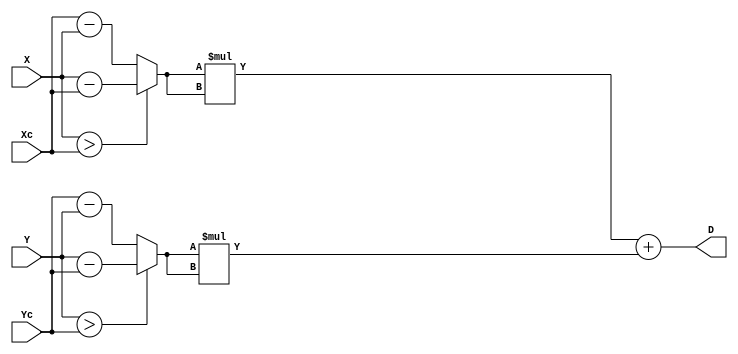
`timescale 10ns/1ps
module Distance (X, Y, Xc, Yc, D);
  input [7:0] X;
  input [7:0] Y;
  input [7:0] Xc;
  input [7:0] Yc;
  
  output [16:0] D;
  wire [7:0] dx, dy;
  
  assign dx = (X > Xc)? (X-Xc):(Xc-X);
  assign dy = (Y > Yc)? (Y-Yc):(Yc-Y);     
  assign  D = dx*dx + dy*dy;
    
endmodule